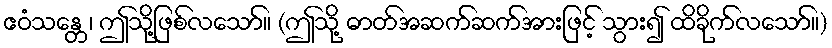
ဧဝံသန္တေ၊ ဤသို့ဖြစ်လသော်။ (ဤသို့ ဓာတ်အဆက်ဆက်အားဖြင့် သွား၍ ထိခိုက်လသော်။)